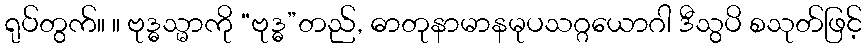
ရုပ်တွက်။ ။ ဗုဒ္ဓသ္မာကို “ဗုဒ္ဓ”တည်, ဓာတုနာမာနမုပသဂ္ဂယောဂါ ဒီသွပိ စသုတ်ဖြင့်